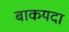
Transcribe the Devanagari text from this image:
बाकयदा